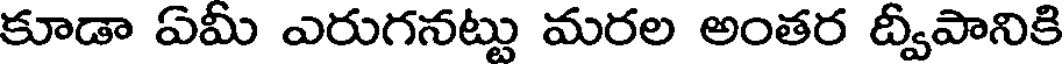
కూడా ఏమీ ఎరుగనట్టు మరల అంతర ద్వీపానికి